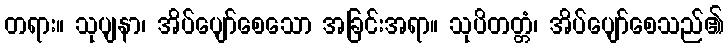
တရား။ သုပျနာ၊ အိပ်ပျော်စေသော အခြင်းအရာ။ သုပိတတ္တံ၊ အိပ်ပျော်စေသည်၏